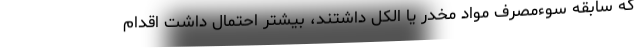
که سابقه سوءمصرف مواد مخدر یا الکل داشتند، بیشتر احتمال داشت اقدام